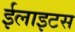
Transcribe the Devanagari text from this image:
ईलाइटस